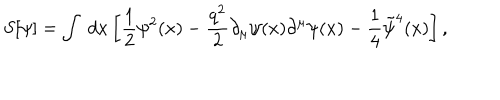
S [ \psi ] = \int \; d x \left[ \frac 1 2 \psi ^ { 2 } ( x ) - \frac { q ^ { 2 } } { 2 } \partial _ { \mu } \psi ( x ) \partial ^ { \mu } \psi ( x ) - \frac 1 4 \tilde { \psi } ^ { 4 } ( x ) \right] ,